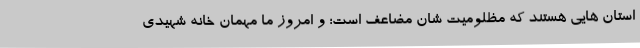
استان هایی هستند که مظلومیت شان مضاعف است؛ و امروز ما مهمان خانه شهیدی